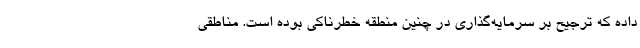
داده که ترجیح بر سرمایه‌گذاری در چنین منطقه خطرناکی بوده است. مناطقی